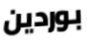
بوردين